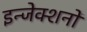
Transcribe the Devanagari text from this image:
इन्जेक्शनों